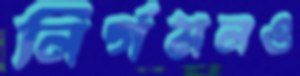
নির্গমনও